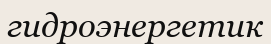
гидроэнергетик